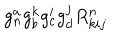
g _ { n } ^ { a } g _ { b } ^ { k } g _ { c } ^ { i } g _ { d } ^ { j } R _ { k i j } ^ { n }